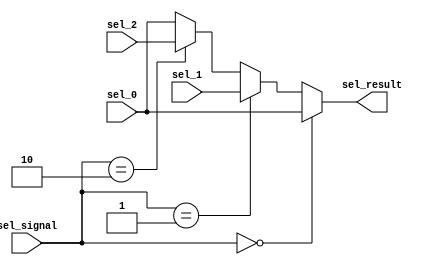
`timescale 1ns / 1ps

module mux3#(parameter WIDTH=32)(
    input [WIDTH-1:0] sel_0,sel_1,sel_2,
    input [1:0] sel_signal,
    output [WIDTH-1:0] sel_result
    );
    assign sel_result = (sel_signal == 2'b00) ? sel_0 :
						(sel_signal == 2'b01) ? sel_1 :
						(sel_signal == 2'b10) ? sel_2 :
						sel_0;
endmodule